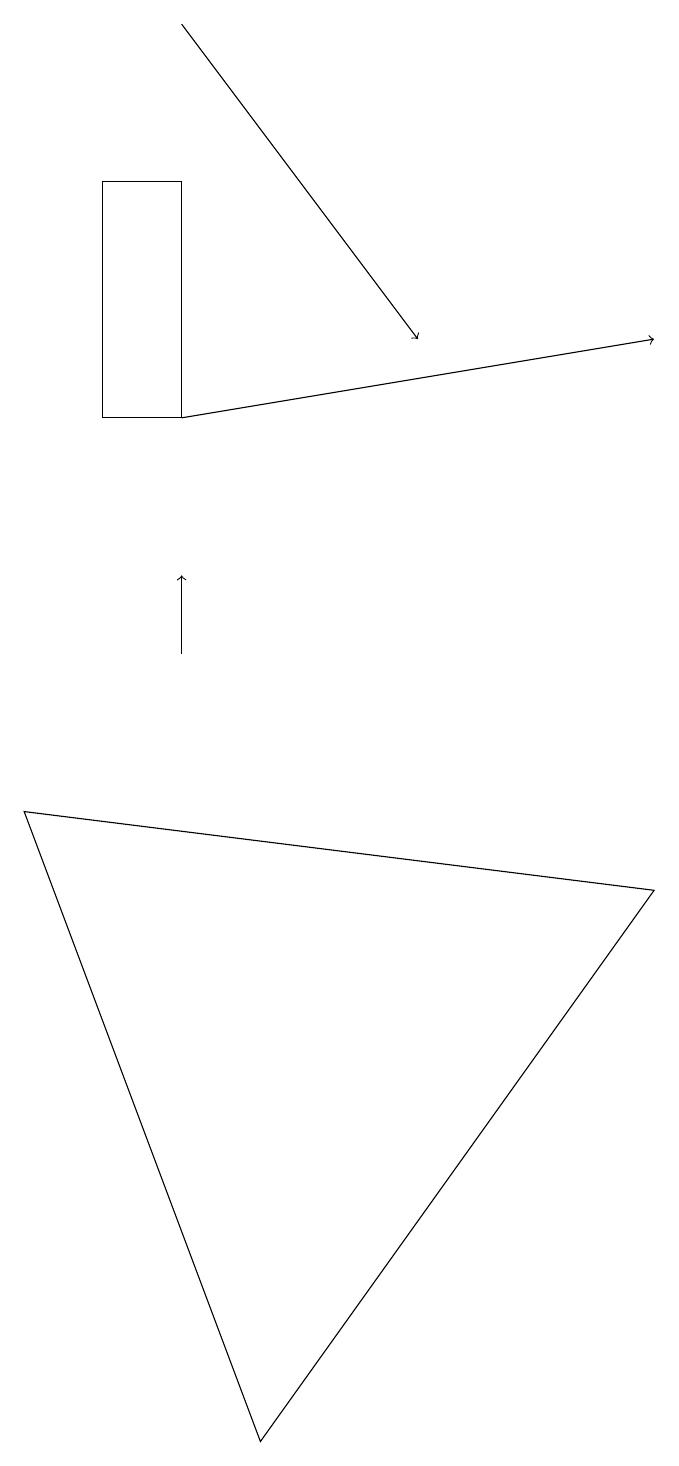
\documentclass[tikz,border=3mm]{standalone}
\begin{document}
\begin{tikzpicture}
\draw[->] (3,13) -- (9,14);
\draw (9,7) -- (4,0) -- (1,8) -- cycle;
\draw (3,16) rectangle (2,13);
\draw[->] (3,18) -- (6,14);
\draw[->] (3,10) -- (3,11);
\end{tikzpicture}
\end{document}